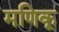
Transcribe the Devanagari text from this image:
मणिकू